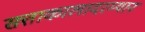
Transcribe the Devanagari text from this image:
सत्ताकालादरम्यान